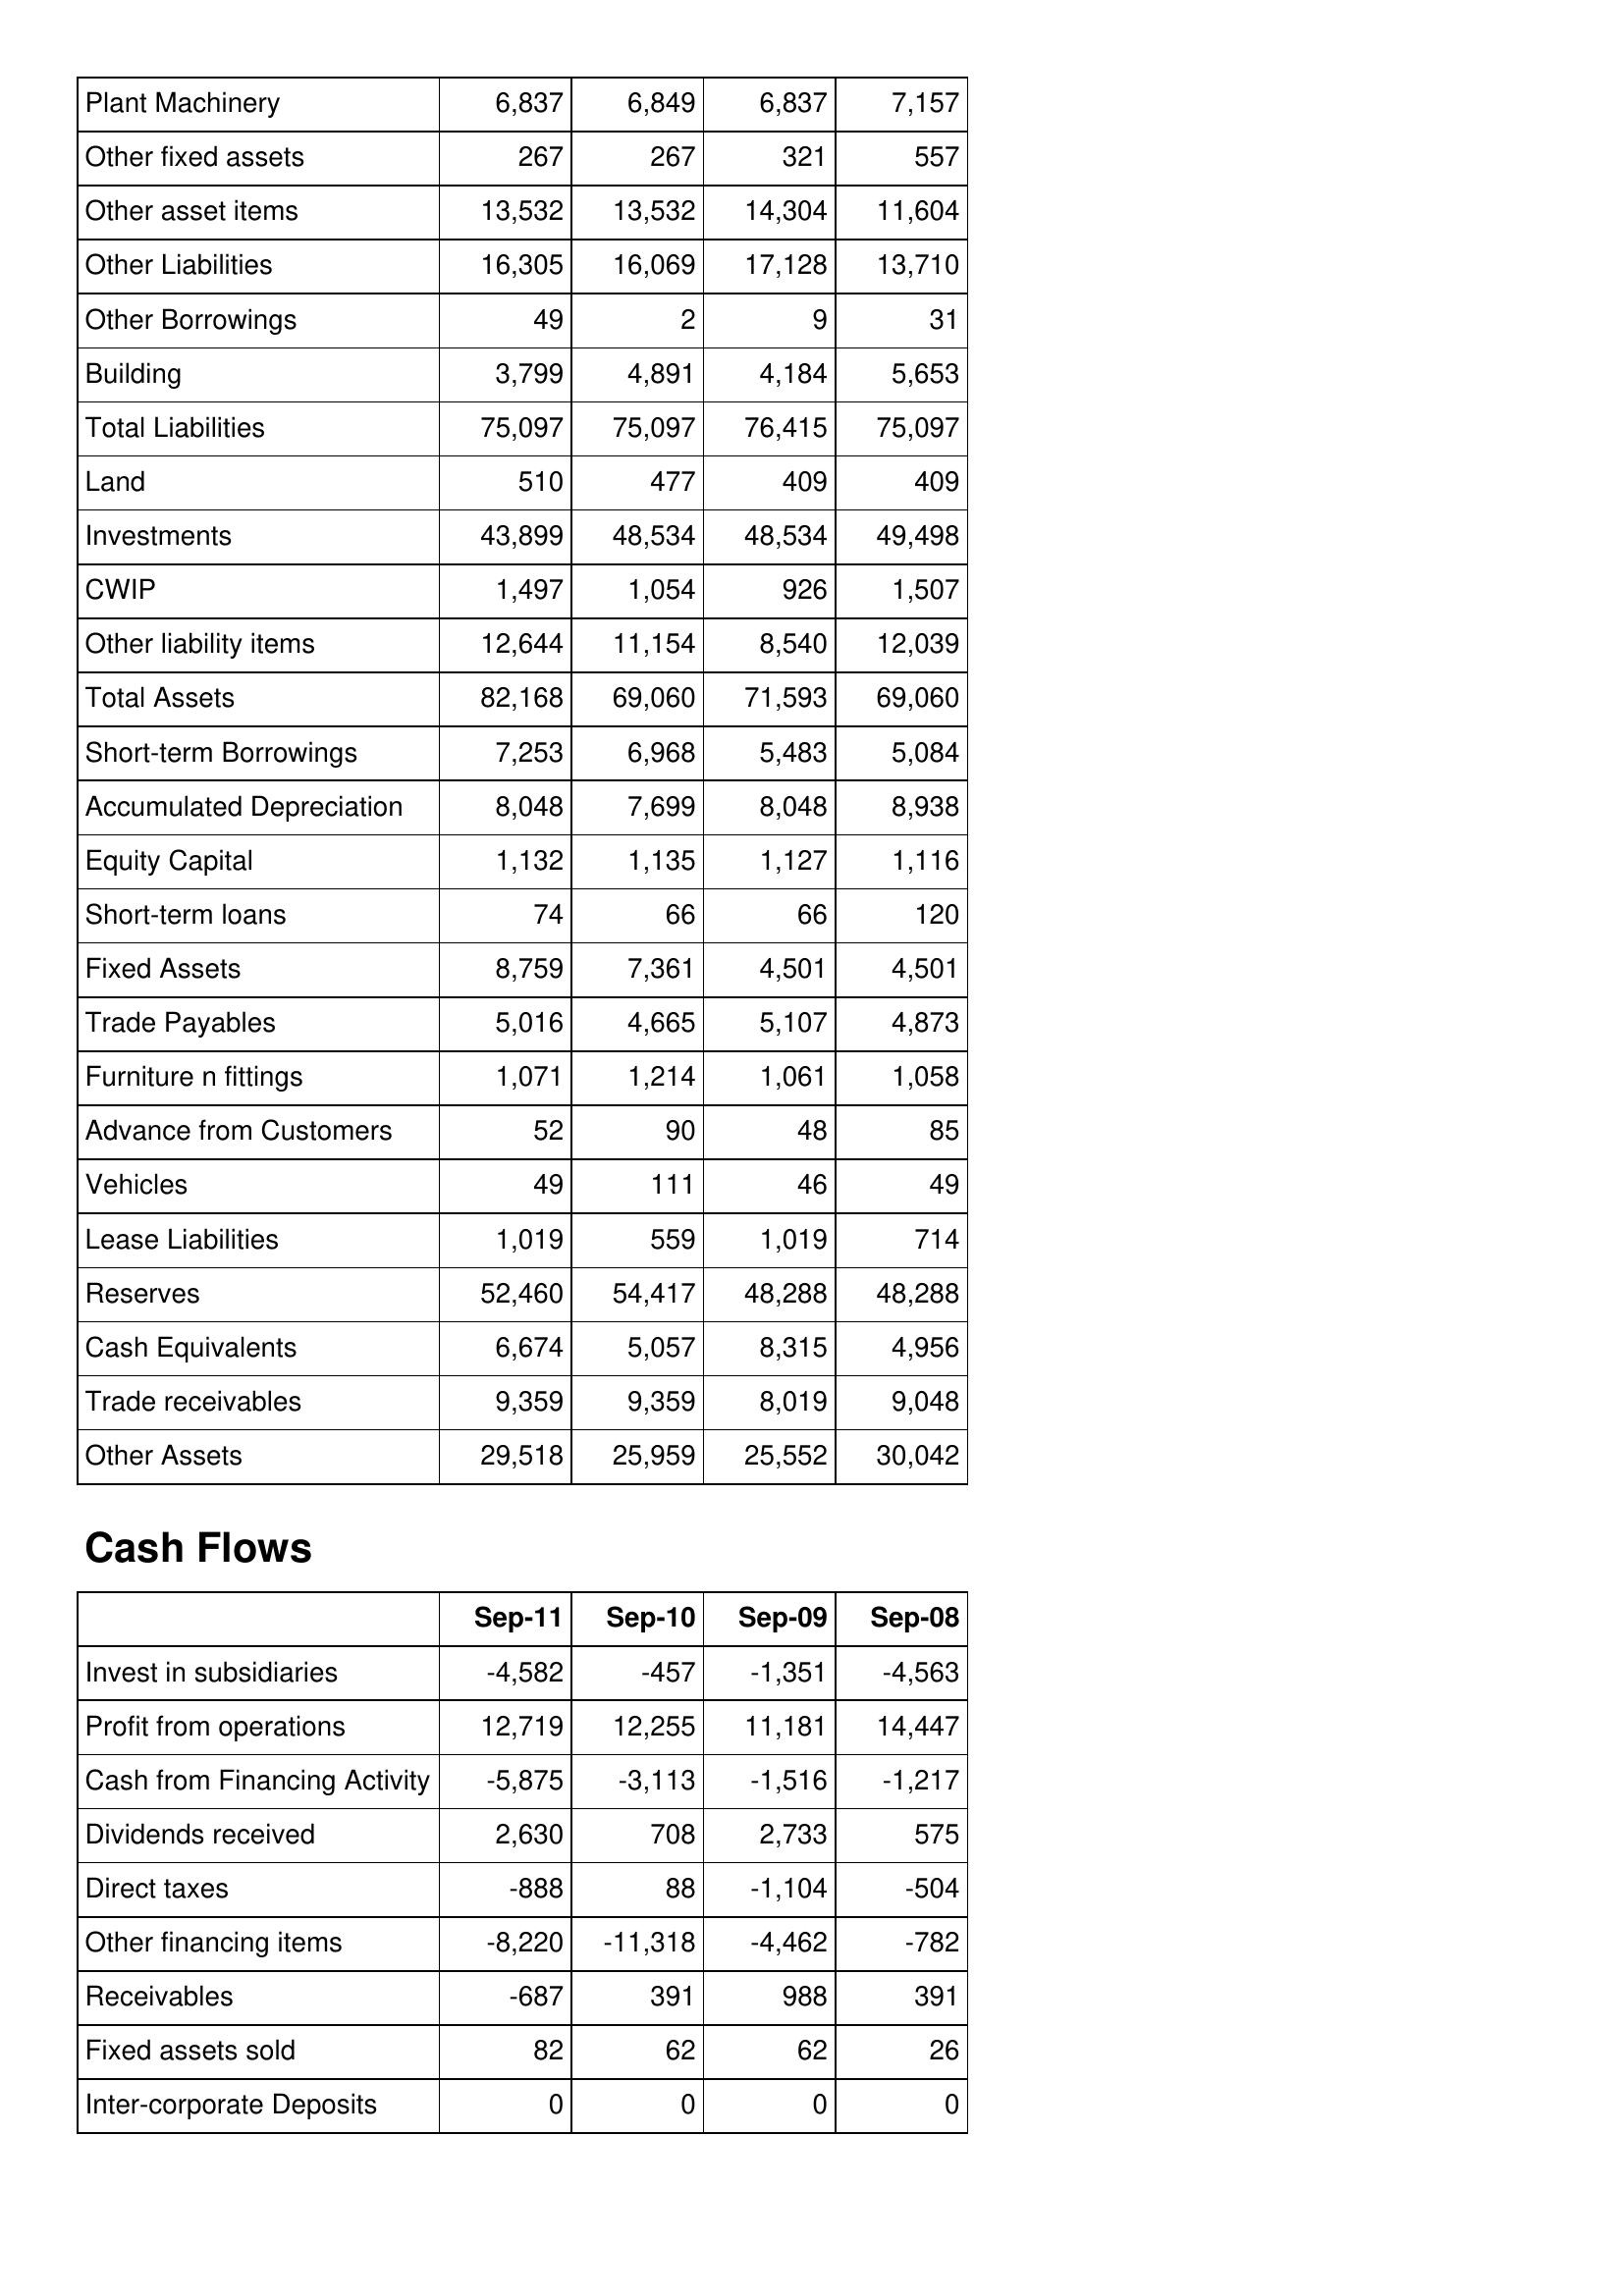
Sep-11: Balance Sheet: Plant Machinery: 6,837
Other fixed assets: 267
Other asset items: 13,532
Other Liabilities: 16,305
Other Borrowings: 49
Building: 3,799
Total Liabilities: 75,097
Land: 510
Investments: 43,899
CWIP: 1,497
Other liability items: 12,644
Total Assets: 82,168
Short-term Borrowings: 7,253
Accumulated Depreciation: 8,048
Equity Capital: 1,132
Short-term loans: 74
Fixed Assets: 8,759
Trade Payables: 5,016
Furniture n fittings: 1,071
Advance from Customers: 52
Vehicles: 49
Lease Liabilities: 1,019
Reserves: 52,460
Cash Equivalents: 6,674
Trade receivables: 9,359
Other Assets: 29,518
Cash Flows: Invest in subsidiaries: -4,582
Profit from operations: 12,719
Cash from Financing Activity: -5,875
Dividends received: 2,630
Direct taxes: -888
Other financing items: -8,220
Receivables: -687
Fixed assets sold: 82
Inter-corporate Deposits: 0
Sep-10: Balance Sheet: Plant Machinery: 6,849
Other fixed assets: 267
Other asset items: 13,532
Other Liabilities: 16,069
Other Borrowings: 2
Building: 4,891
Total Liabilities: 75,097
Land: 477
Investments: 48,534
CWIP: 1,054
Other liability items: 11,154
Total Assets: 69,060
Short-term Borrowings: 6,968
Accumulated Depreciation: 7,699
Equity Capital: 1,135
Short-term loans: 66
Fixed Assets: 7,361
Trade Payables: 4,665
Furniture n fittings: 1,214
Advance from Customers: 90
Vehicles: 111
Lease Liabilities: 559
Reserves: 54,417
Cash Equivalents: 5,057
Trade receivables: 9,359
Other Assets: 25,959
Cash Flows: Invest in subsidiaries: -457
Profit from operations: 12,255
Cash from Financing Activity: -3,113
Dividends received: 708
Direct taxes: 88
Other financing items: -11,318
Receivables: 391
Fixed assets sold: 62
Inter-corporate Deposits: 0
Sep-09: Balance Sheet: Plant Machinery: 6,837
Other fixed assets: 321
Other asset items: 14,304
Other Liabilities: 17,128
Other Borrowings: 9
Building: 4,184
Total Liabilities: 76,415
Land: 409
Investments: 48,534
CWIP: 926
Other liability items: 8,540
Total Assets: 71,593
Short-term Borrowings: 5,483
Accumulated Depreciation: 8,048
Equity Capital: 1,127
Short-term loans: 66
Fixed Assets: 4,501
Trade Payables: 5,107
Furniture n fittings: 1,061
Advance from Customers: 48
Vehicles: 46
Lease Liabilities: 1,019
Reserves: 48,288
Cash Equivalents: 8,315
Trade receivables: 8,019
Other Assets: 25,552
Cash Flows: Invest in subsidiaries: -1,351
Profit from operations: 11,181
Cash from Financing Activity: -1,516
Dividends received: 2,733
Direct taxes: -1,104
Other financing items: -4,462
Receivables: 988
Fixed assets sold: 62
Inter-corporate Deposits: 0
Sep-08: Balance Sheet: Plant Machinery: 7,157
Other fixed assets: 557
Other asset items: 11,604
Other Liabilities: 13,710
Other Borrowings: 31
Building: 5,653
Total Liabilities: 75,097
Land: 409
Investments: 49,498
CWIP: 1,507
Other liability items: 12,039
Total Assets: 69,060
Short-term Borrowings: 5,084
Accumulated Depreciation: 8,938
Equity Capital: 1,116
Short-term loans: 120
Fixed Assets: 4,501
Trade Payables: 4,873
Furniture n fittings: 1,058
Advance from Customers: 85
Vehicles: 49
Lease Liabilities: 714
Reserves: 48,288
Cash Equivalents: 4,956
Trade receivables: 9,048
Other Assets: 30,042
Cash Flows: Invest in subsidiaries: -4,563
Profit from operations: 14,447
Cash from Financing Activity: -1,217
Dividends received: 575
Direct taxes: -504
Other financing items: -782
Receivables: 391
Fixed assets sold: 26
Inter-corporate Deposits: 0